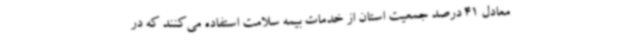
معادل 41 درصد جمعیت استان از خدمات بیمه سلامت استفاده می‌کنند که در